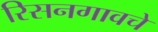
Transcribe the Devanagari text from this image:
रिसनगावचे